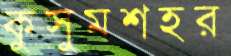
কুসুমশহর